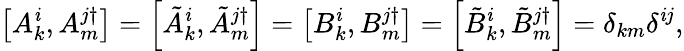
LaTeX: \left[A_{k}^{\mathit{i}},A_{m}^{j\dagger}\right]=\left[\tilde{{A}}_{k}^{\mathit{i}},\tilde{{A}}_{m}^{j\dagger}\right]=\left[B_{k}^{\mathit{i}},B_{m}^{j\dagger}\right]=\left[\tilde{{B}}_{k}^{\mathit{i}},\tilde{{B}}_{m}^{j\dagger}\right]=\delta_{km}\delta^{\mathit{i}j},